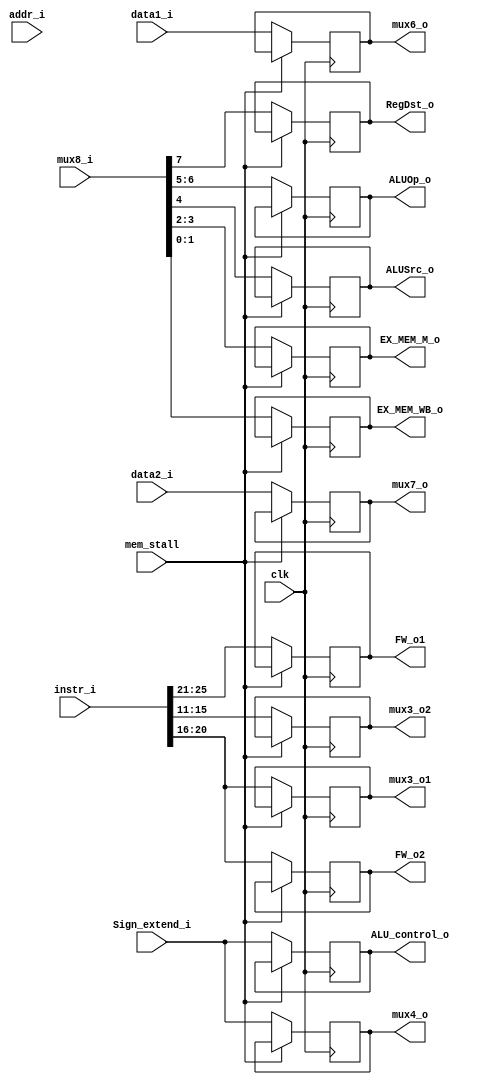
module ID_EX
(
    clk,
    mux8_i,    //Bubble unit
    addr_i,
    data1_i,
    data2_i,
    Sign_extend_i,
    instr_i,
    EX_MEM_WB_o,
    EX_MEM_M_o,
    ALUSrc_o,
    ALUOp_o,
    RegDst_o,
    mux6_o,
    mux7_o,
    mux4_o,
    ALU_control_o,
    FW_o1,
    FW_o2,
    mux3_o1,
    mux3_o2,
    mem_stall,
);

input           clk;
input    [31:0]    mux8_i;
input   [31:0]  addr_i;
input   [31:0]  data1_i;
input   [31:0]  data2_i;
input   [31:0]  Sign_extend_i;
input   [31:0]  instr_i;
input           mem_stall;
output  [1:0]   EX_MEM_WB_o;
output  [1:0]   EX_MEM_M_o;
output          ALUSrc_o;
output    [1:0]    ALUOp_o;
output            RegDst_o;
output    [31:0]    mux6_o;
output    [31:0]    mux7_o;
output    [31:0]    mux4_o;
output    [31:0]    ALU_control_o;
output    [4:0]    FW_o1;
output    [4:0]    FW_o2;
output    [4:0]    mux3_o1;
output    [4:0]    mux3_o2;

reg       [1:0]      EX_MEM_WB_o;
reg       [1:0]  EX_MEM_M_o;
reg              ALUSrc_o;
reg        [1:0]    ALUOp_o;
reg                RegDst_o;
reg        [31:0]    mux6_o;
reg        [31:0]    mux7_o;
reg        [31:0]    mux4_o;
reg        [31:0]    ALU_control_o;
reg        [4:0]    FW_o1;
reg        [4:0]    FW_o2;
reg        [4:0]    mux3_o1;
reg        [4:0]    mux3_o2;

initial begin
    EX_MEM_WB_o <= 0;
    EX_MEM_M_o <= 0;
    ALUSrc_o <= 0;
    ALUOp_o <= 0;
    RegDst_o <= 0;
    mux6_o <= 0;
    mux7_o <= 0;
    mux4_o <= 0;
    ALU_control_o <= 0;
    FW_o1 <= 0;
    FW_o2 <= 0;
    mux3_o1 <= 0;
    mux3_o2 <= 0;
end

always@(posedge clk) begin

    if(~mem_stall) begin
        EX_MEM_WB_o <= mux8_i[1:0];
        EX_MEM_M_o <= mux8_i[3:2];
        ALUSrc_o <= mux8_i[4];
        ALUOp_o <= mux8_i[6:5];
        RegDst_o <= mux8_i[7];
        mux6_o <= data1_i;
        mux7_o <= data2_i;
        mux4_o <= Sign_extend_i;
        ALU_control_o <= Sign_extend_i;
        FW_o1 <= instr_i[25:21];
        FW_o2 <= instr_i[20:16];
        mux3_o1 <= instr_i[20:16];
        mux3_o2 <= instr_i[15:11];
    end
end

endmodule